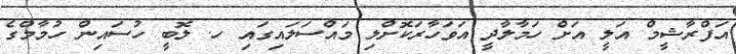
އަފްރާޝީމް އަލީ އަށް ހަމާލާދީ އަވަހާރަކޮށްލި މައްސަލައިގައި ހ. ލޮބީ ހުސައިން ހުމާމްގެ